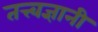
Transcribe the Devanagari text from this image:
तत्त्‍वज्ञानी